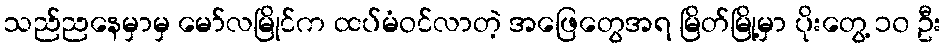
သည်ညနေမှာမှ မော်လမြိုင်က ထပ်မံဝင်လာတဲ့ အဖြေတွေအရ မြိတ်မြို့မှာ ပိုးတွေ့ ၁၀ ဦး